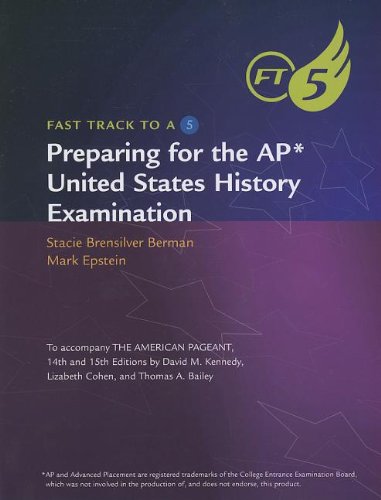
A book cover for Preparing for the AP United States History Examination (Fast Track to a 5); Stacie Brensilver Berman; Test Preparation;